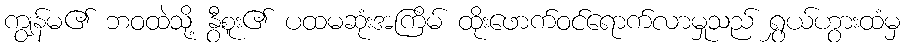
ကျွန်မ၏ ဘဝထဲသို့ နွီစူး၏ ပထမဆုံးအကြိမ် ထိုးဖောက်ဝင်ရောက်လာမှုသည် ရွှယ်ဟွားထံမှ